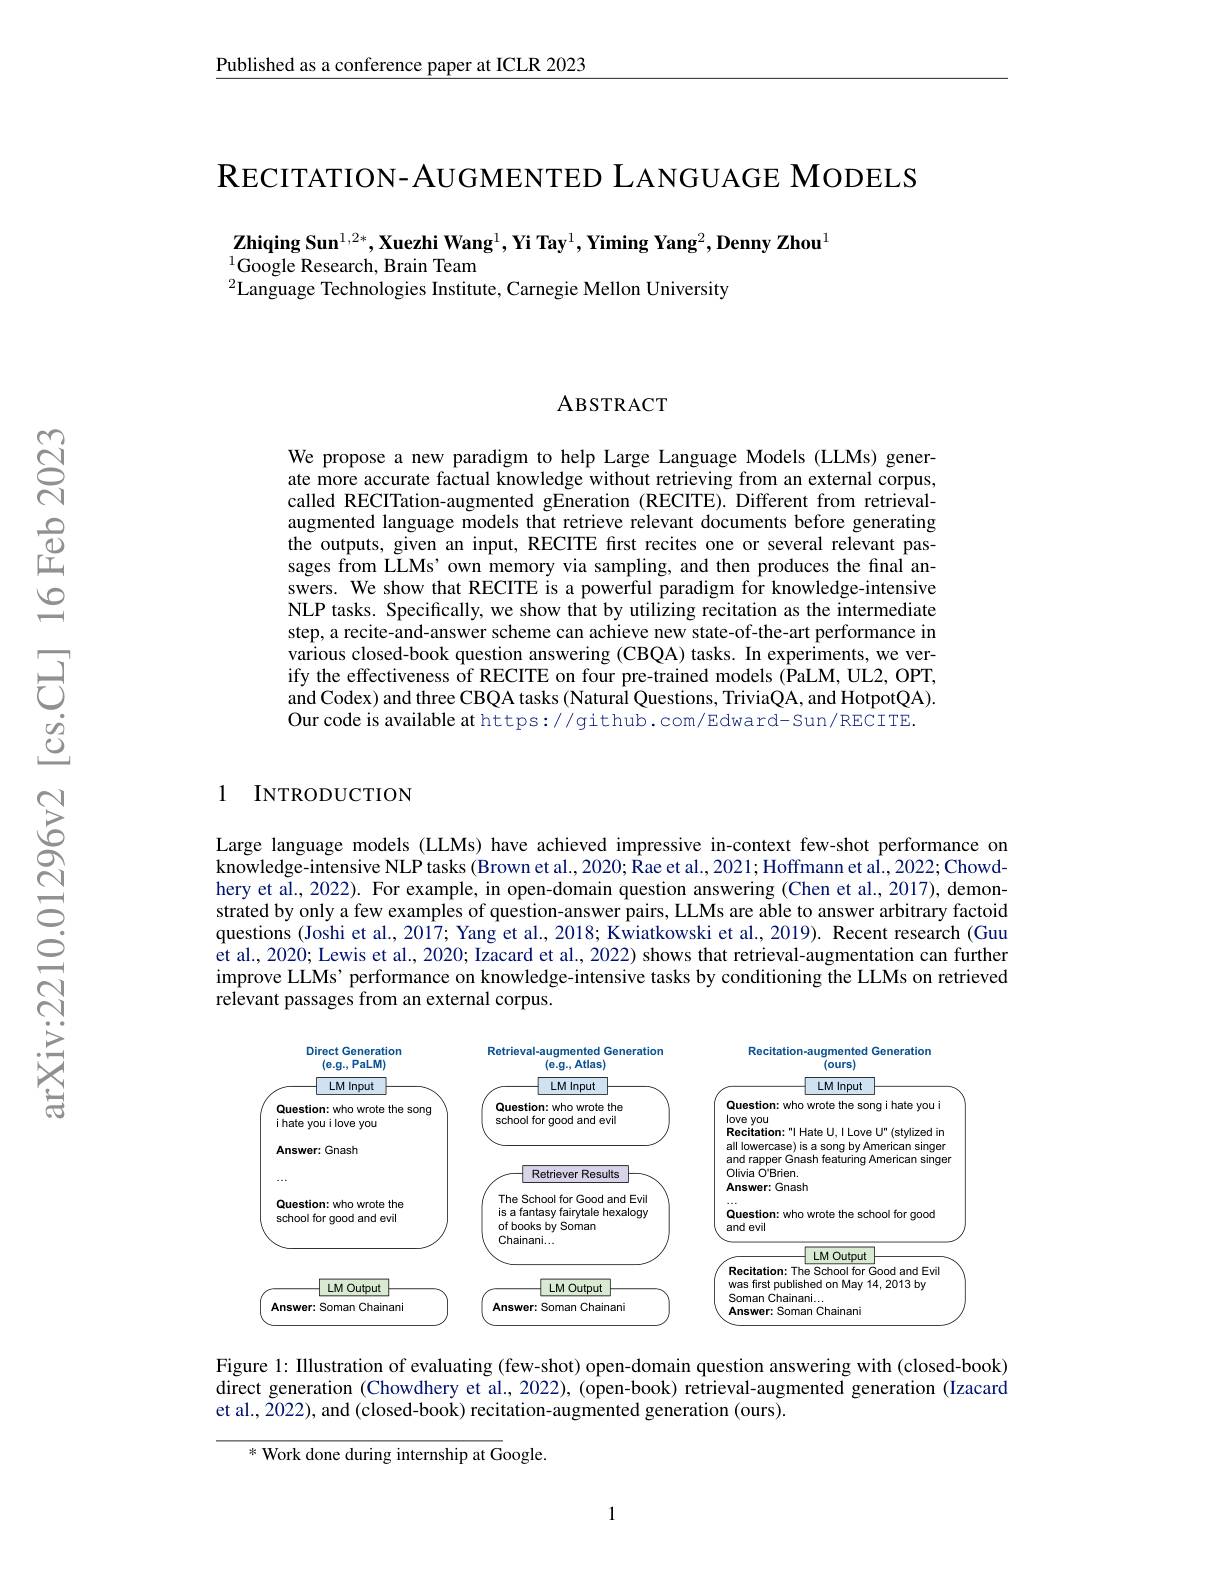
$\underline{\text{Published as a conference paper at ICLR 2023}}$

$\mathbf{R}$ECITATION-AUGMENTED LANGUAGE MODELS

$\mathbf{Zhiqing~Sun}^{1,2*},\mathbf{Xuezhi~Wang}^{1},\mathbf{Yi~Tay}^{1},\mathbf{Yiming~Yang}^{2},\mathbf{Denny~Zhou}^{1}$
$^{1}$Google Research, Brain Team
$^{2}$Language Technologies Institute, Carnegie Mellon University

ABSTRACT

We propose a new paradigm to help Large Language Models (LLMs) generate more accurate factual knowledge without retrieving from an external corpus, called RECITation-augmented gEneration (RECITE).Different from retrievalaugmented language models that retrieve relevant documents before generating the outputs, given an input, RECITE first recites one or several relevant passages from LLMs' own memory via sampling, and then produces the final answers. We show that RECITE is a powerful paradigm for knowledge-intensive NLP tasks. Specifically, we show that by utilizing recitation as the intermediate step, a recite-and-answer scheme can achieve new state-of-the-art performance in various closed-book question answering (CBQA) tasks. In experiments, we verify the effectiveness of RECITE on four pre-trained models (PaLM, UL2, OPT, and Codex) and three CBQA tasks (Natural Questions, TriviaQA, and HotpotQA). Our code is available at https://github.com/Edward- Sun/RECITE.

1 INTRODUCTION

Large language models (LLMs) have achieved impressive in-context few-shot performance on knowledge-intensive NLP tasks (Brown et al.,2020; Rae et al., 2021; Hoffmann et al., 2022; Chowdhery et al., 2022). For example, in open-domain question answering (Chen et al., 2017), demonstrated by only a few examples of question-answer pairs, LLMs are able to answer arbitrary factoid questions (Joshi et al., 2017; Yang et al., 2018; Kwiatkowski et al., 2019). Recent research (Guu et al., 2020; Lewis et al., 2020; Izacard et al., 2022) shows that retrieval-augmentation can further improve LLMs' performance on knowledge-intensive tasks by conditioning the LLMs on retrieved relevant passages from an external corpus.

<FigureHere>

Figure 1: Illustration of evaluating (few-shot) open-domain question answering with (closed-book) direct generation (Chowdhery et al., 2022), (open-book) retrieval-augmented generation (Izacard et al., 2022), and (closed-book) recitation-augmented generation (ours).

* Work done during internship at Google.